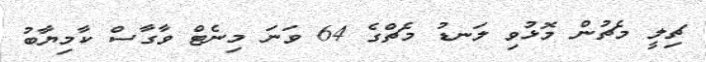
ޗިލީ މެޗުން މޮޅުވި ލަނޑު މެޗްގެ 64 ވަނަ މިނެޓް ވާގާސް ކާމިޔާބު